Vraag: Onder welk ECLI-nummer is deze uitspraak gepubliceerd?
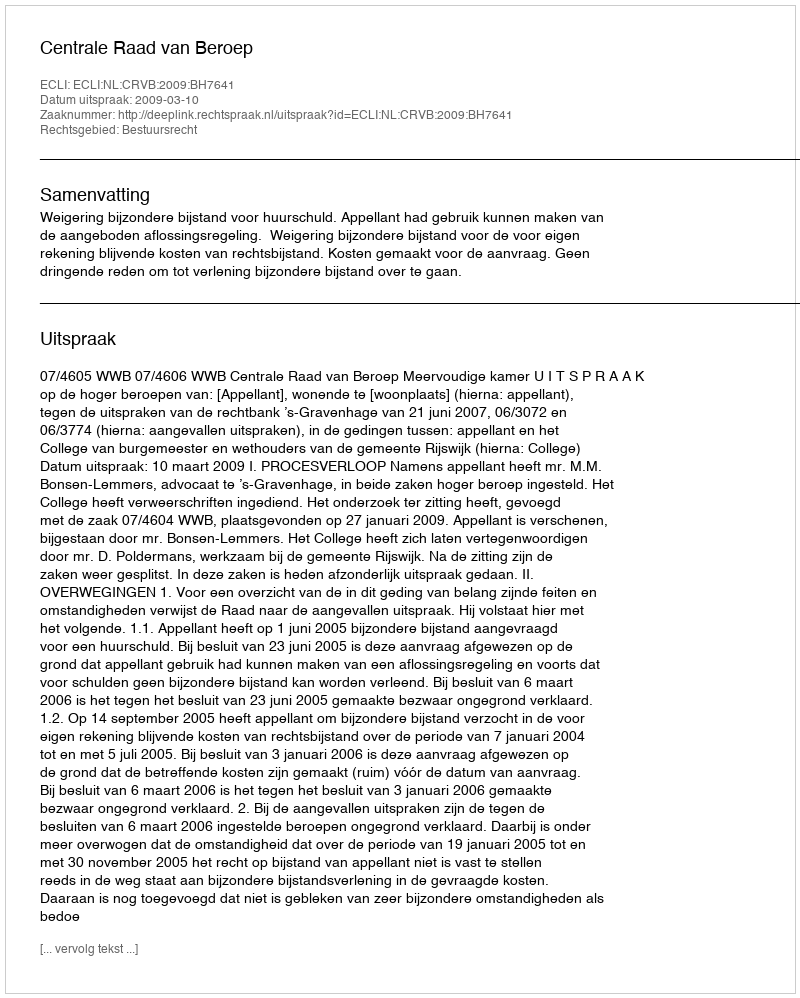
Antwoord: ECLI:NL:CRVB:2009:BH7641